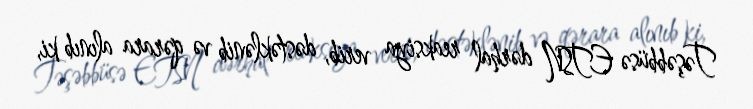
Təşəbbüsə ETSN dərhal reaksiya verib, dəstəklənib və qərara alınıb ki,